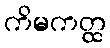
ကိမကတ္ထ